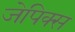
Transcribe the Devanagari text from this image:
जेपिक्स